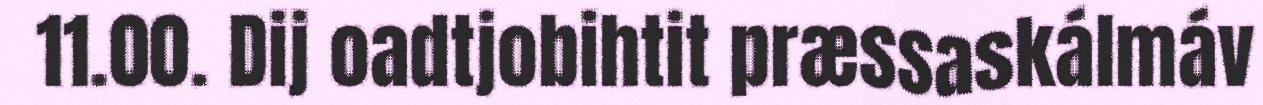
11.00. Dij oadtjobihtit præssaskálmáv